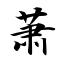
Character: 萧